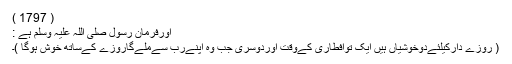
( 1797 )
اورفرمان رسول صلی اللہ علیہ وسلم ہے :
( روزے دارکیلئےدوخوشیاں ہیں ایک توافطاری کےوقت اوردوسری جب وہ اپنےرب سےملےگاروزے کےساتھ خوش ہوگا )۔